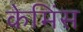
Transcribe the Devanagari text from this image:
केमिंस